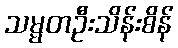
သမ္မတဦးသိန်းစိန်